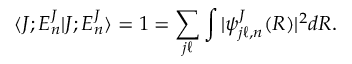
\langle J ; E _ { n } ^ { J } | J ; E _ { n } ^ { J } \rangle = 1 = \sum _ { j \ell } \int | \psi _ { j \ell , n } ^ { J } ( R ) | ^ { 2 } d R .